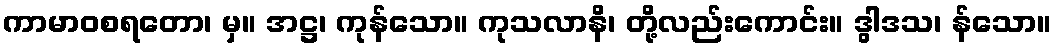
ကာမာဝစရတော၊ မှ။ အဋ္ဌ၊ ကုန်သော။ ကုသလာနိ၊ တို့လည်းကောင်း။ ဒွါဒသ၊ န်သော။